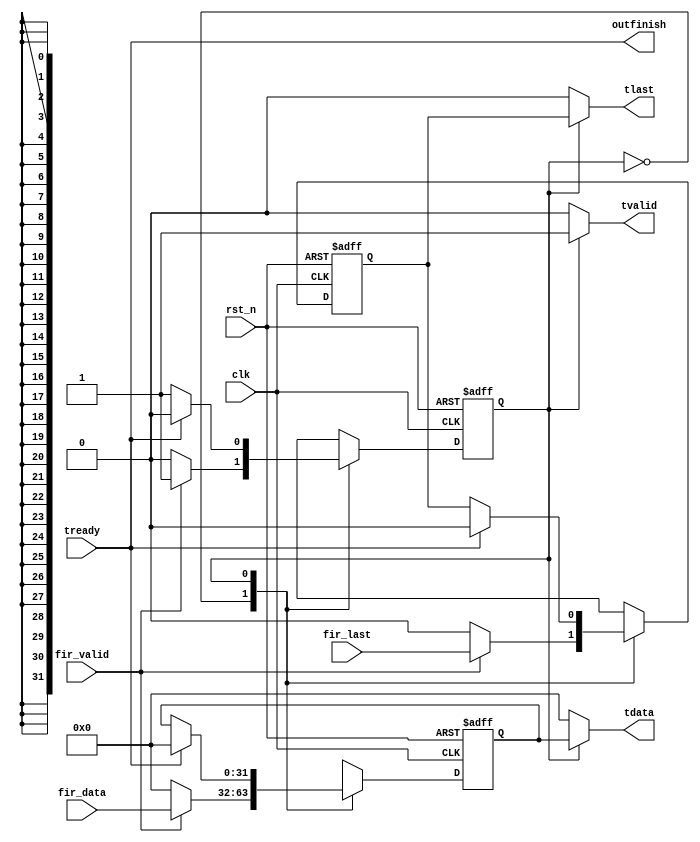
module axis_out
#(  
    parameter pADDR_WIDTH = 12,
    parameter pDATA_WIDTH = 32,
    parameter Tape_Num    = 11
)(
    input wire[(pDATA_WIDTH-1):0] fir_data,
    input wire fir_valid,
    input wire fir_last,

    output reg [(pDATA_WIDTH-1):0]tdata,
    output reg tvalid,
    output reg tlast,

    input wire tready,

    input wire clk,
    input wire rst_n,
    output wire outfinish
);

    localparam STRM_IDLE = 0;
    localparam STRM_OUTPUT = 1;

    reg [(pDATA_WIDTH-1):0] buff, buff_in;
    reg last_buff, last_buff_next;
    reg state, next_state;

    assign outfinish = tready;
    always@*
        case(state)
            STRM_IDLE:
                if(fir_valid)
                    next_state = STRM_OUTPUT;
                else
                    next_state = STRM_IDLE;
            STRM_OUTPUT:
                if(tready)
                    next_state = STRM_IDLE;
                else
                    next_state = STRM_OUTPUT;
            default:
                next_state = STRM_OUTPUT;
        endcase

    always@(posedge clk or negedge rst_n)
        if(~rst_n)
            state <= STRM_IDLE;
        else
            state <= next_state; 

    always@(posedge clk or negedge rst_n)
        if(~rst_n)
            buff <= {pDATA_WIDTH{1'b0}};
        else
            buff <= buff_in;
    always@*
        case(state)
            STRM_IDLE:
                if(fir_valid)
                    buff_in = fir_data;
                else
                    buff_in = {pDATA_WIDTH{1'b0}};
            STRM_OUTPUT:
                if(tready)
                    buff_in = {pDATA_WIDTH{1'b0}};
                else
                    buff_in = buff;
            default:
                buff_in = {pDATA_WIDTH{1'b0}};
        endcase


    always@(posedge clk or negedge rst_n)
        if(~rst_n)
            last_buff <= 1'b0;
        else
            last_buff <= last_buff_next;
    always@*
        case(state)
            STRM_IDLE:
                if(fir_valid)
                    last_buff_next = fir_last;
                else
                    last_buff_next =  1'b0;
            STRM_OUTPUT:
                if(tready)
                    last_buff_next =  1'b0;
                else
                    last_buff_next =  last_buff;
            default:
                last_buff_next =  1'b0;
        endcase

    always@*
        case(state)
            STRM_OUTPUT:begin
                tdata = buff;
                tlast = last_buff;
                tvalid = 1'b1;
            end
            default:begin
                tdata = {pDATA_WIDTH{1'b0}};
                tlast = 1'b0;
                tvalid = 1'b0;
            end
        endcase
endmodule